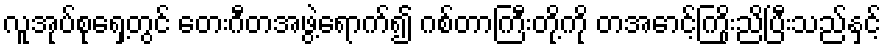
လူအုပ်စုရှေ့တွင် တေးဂီတအဖွဲ့ရောက်၍ ဂစ်တာကြီးတို့ကို တအောင့်ကြိုးညိပြီးသည်နှင့်